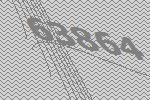
63864